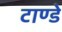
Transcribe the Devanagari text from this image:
टाण्डे